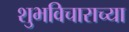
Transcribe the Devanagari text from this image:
शुभविचाराच्या